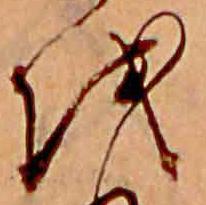
を